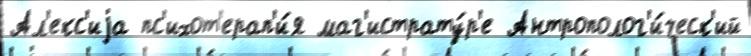
Ал'екс'иjа пс'ихот'ерап'и́я маг'истрату́р'е Антрополог'и́ческ'ий